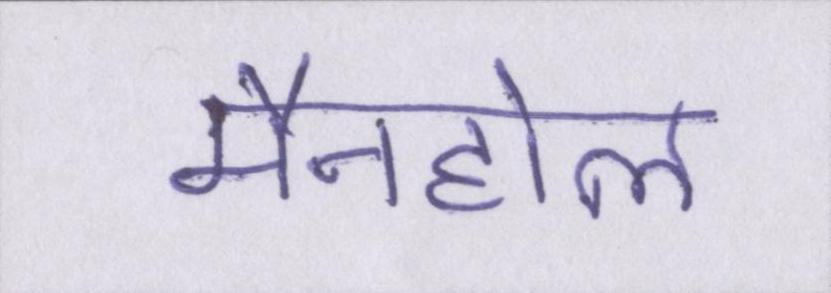
मैनहोल